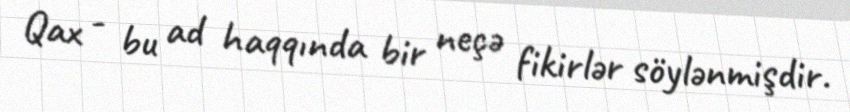
Qax - bu ad haqqında bir neçə fikirlər söylənmişdir.